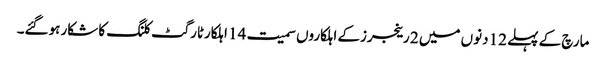
مارچ کے پہلے 12 دنوں میں 2 رینجرزکے اہلکاروں سمیت 14 اہلکارٹارگٹ کلنگ کا شکار ہوگئے۔